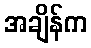
အချိန်က